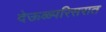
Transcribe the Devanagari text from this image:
देऊळ्परिसरात